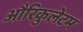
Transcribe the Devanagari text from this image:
औरिकुलेटम